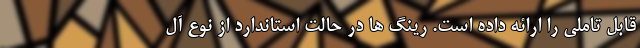
قابل تاملی را ارائه داده است. رینگ ها در حالت استاندارد از نوع آل